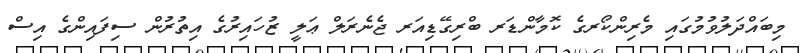
މިބައްދަލުވުމުގައި މެރިންކޯރގެ ކޮމާންޑަރ ބްރިގޭޑިއަރ ޖެނެރަލް ޢަލީ ޒުހައިރުގެ އިތުރުން ސިފައިންގެ އިސް